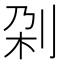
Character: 刴